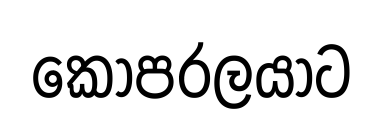
කෝපරලයාට